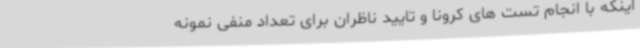
اینکه با انجام تست های کرونا و تایید ناظران برای تعداد منفی نمونه